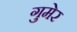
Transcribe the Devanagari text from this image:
गुमेर